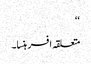
‘‘
متعلقہ افسر ہنسا۔